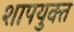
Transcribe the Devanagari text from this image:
शापयुक्‍त